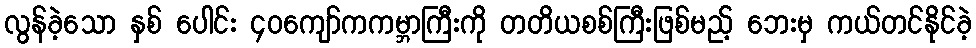
လွန်ခဲ့သော နှစ် ပေါင်း ၄၀ကျော်ကကမ္ဘာကြီးကို တတိယစစ်ကြီးဖြစ်မည့် ဘေးမှ ကယ်တင်နိုင်ခဲ့